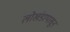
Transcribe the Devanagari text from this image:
लाेखंडापासून